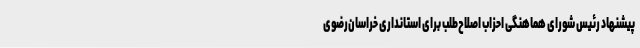
پیشنهاد رئیس شورای هماهنگی احزاب اصلاح‌طلب برای استانداری خراسان‌رضوی